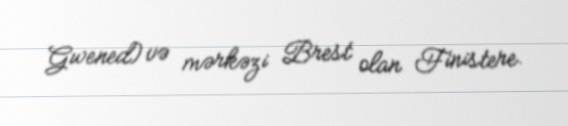
Gwened) və mərkəzi Brest olan Finistere.